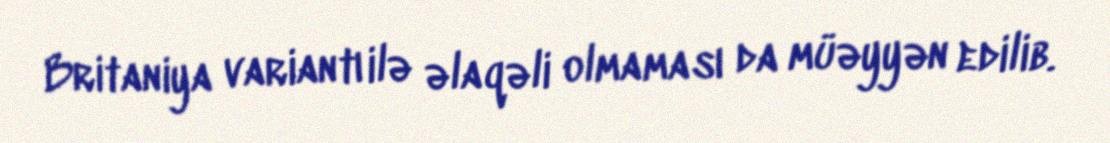
Britaniya variantı ilə əlaqəli olmaması da müəyyən edilib.